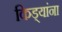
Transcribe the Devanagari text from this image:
किड्यांना